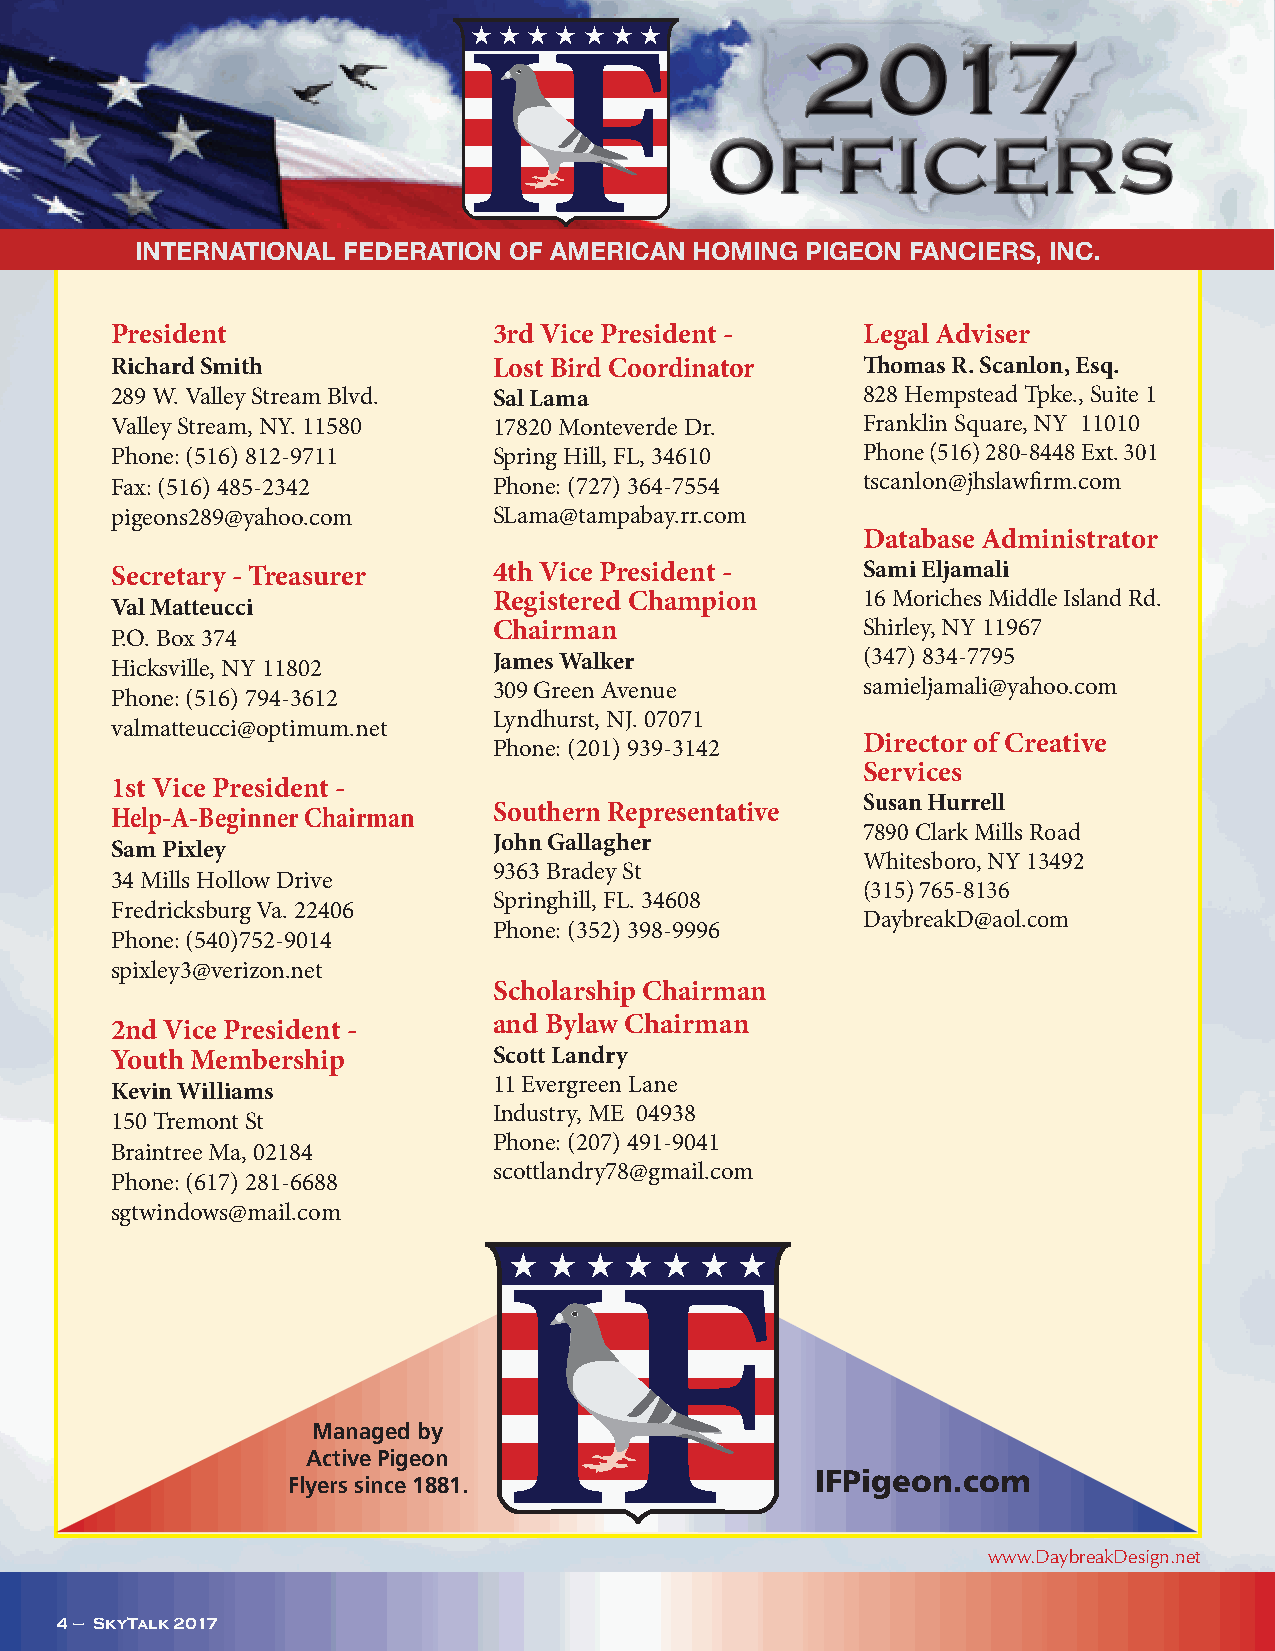
H H H H H H H
 INTERNATIONAL FEDERATION OF AMERICAN HOMING PIGEON FANCIERS, INC.
 President                 3rd Vice President -    Legal Adviser
 Richard Smith             Lost Bird Coordinator   Thomas R. Scanlon, Esq.
 289 W. Valley Stream Blvd. Sal Lama               828 Hempstead Tpke., Suite 1
 Valley Stream, NY. 11580  17820 Monteverde Dr.    Franklin Square, NY 11010
 Phone: (516) 812-9711     Spring Hill, FL, 34610  Phone (516) 280-8448 Ext. 301
 Fax: (516) 485-2342       Phone: (727) 364-7554   tscanlon@jhslawfirm.com
 pigeons289@yahoo.com      SLama@tampabay.rr.com
 Database Administrator
 Secretary - Treasurer     4th Vice President -    Sami Eljamali
 Registered Champion     16 Moriches Middle Island Rd.
 Val Matteucci
 Chairman                Shirley, NY 11967
 P.O. Box 374
 James Walker            (347) 834-7795
 Hicksville, NY 11802
 309 Green Avenue        samieljamali@yahoo.com
 Phone: (516) 794-3612
 Lyndhurst, NJ. 07071
 valmatteucci@optimum.net
 Director of Creative
 Phone: (201) 939-3142
 Services
 1st Vice President -
 Susan Hurrell
 Southern Representative
 Help-A-Beginner Chairman
 7890 Clark Mills Road
 John Gallagher
 Sam Pixley
 Whitesboro, NY 13492
 9363 Bradey St
 34 Mills Hollow Drive
 (315) 765-8136
 Springhill, FL. 34608
 Fredricksburg Va. 22406
 DaybreakD@aol.com
 Phone: (352) 398-9996
 Phone: (540)752-9014
 spixley3@verizon.net
 Scholarship Chairman
 2nd Vice President -      and Bylaw Chairman
 Youth Membership          Scott Landry
 11 Evergreen Lane
 Kevin Williams
 Industry, ME 04938
 150 Tremont St
 Phone: (207) 491-9041
 Braintree Ma, 02184
 scottlandry78@gmail.com
 Phone: (617) 281-6688
 sgtwindows@mail.com
 H H  H H  H H  H
 Managed by
 Active Pigeon
 IFPigeon.com
 Flyers since 1881.
 www.DaybreakDesign.net
 4 – SkyTalk 2017